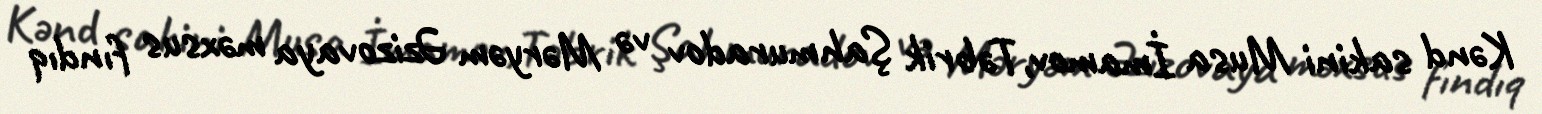
Kənd sakini Musa İmamov,Təbrik Şahmuradov və Məryəm Əzizovaya məxsus fındıq